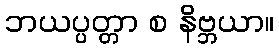
ဘယပ္ပတ္တာ စ နိဗ္ဘယာ။